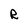
Character: R